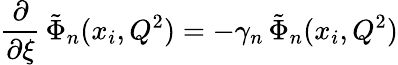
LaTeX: \frac{\partial}{\partial\xi}\, \tilde{\Phi}_{n}(x_{i},Q^{2})=-\gamma_{n}\, \tilde{\Phi}_{n}(x_{i},Q^{2})